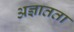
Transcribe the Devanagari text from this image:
अज्ञातता